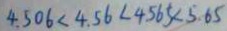
4 . 5 0 6 < 4 . 5 6 < 4 . 5 6 5 < 5 . 6 5